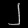
Digit: ၂